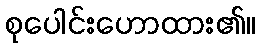
စုပေါင်းဟောထား၏။